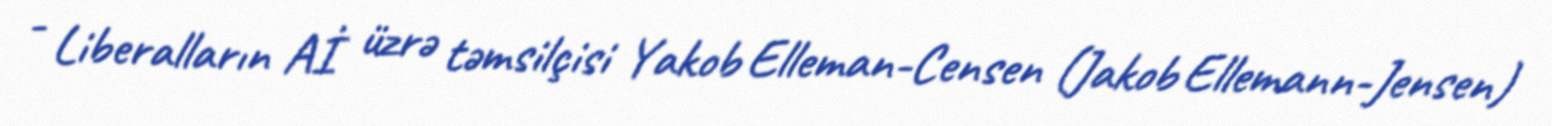
- Liberalların Aİ üzrə təmsilçisi Yakob Elleman-Censen (Jakob Ellemann-Jensen)